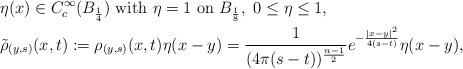
LaTeX: \begin{align*}&\eta(x) \in C^\infty_c(B_{\frac14}) \ \mathrm{with} \ \eta =1 \ \mathrm{on} \ B_\frac18, \ 0\leq \eta \leq 1,\\&\tilde{\rho}_{(y,s)}(x,t) :=\rho_{(y,s)}(x,t) \eta(x-y)=\frac{1}{(4 \pi (s-t))^{\frac{n-1}{2}}} e^{-\frac{|x-y|^2}{4(s-t)}} \eta(x-y),\end{align*}